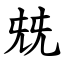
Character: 兓